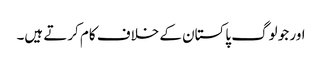
اور جو لوگ پاکستان کے خلاف کام کرتے ہیں۔